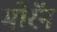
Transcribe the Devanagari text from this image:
मोरॅन